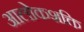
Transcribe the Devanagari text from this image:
आलोकशक्ति